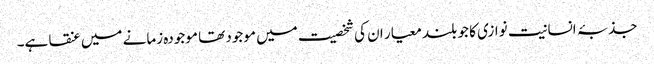
جذبۂ انسانیت نوازی کا جو بلند معیار ان کی شخصیت میں موجود تھا موجودہ زمانے میں عنقا ہے۔